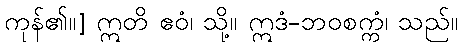
ကုန်၏။] ဣတိ ဧဝံ၊ သို့။ ဣဒံ-ဘဝစက္ကံ၊ သည်။